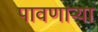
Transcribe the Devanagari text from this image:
पावणार्‍या